Indian journal of veterinary science and animal husbandry - Volume 6,
Year: 1936
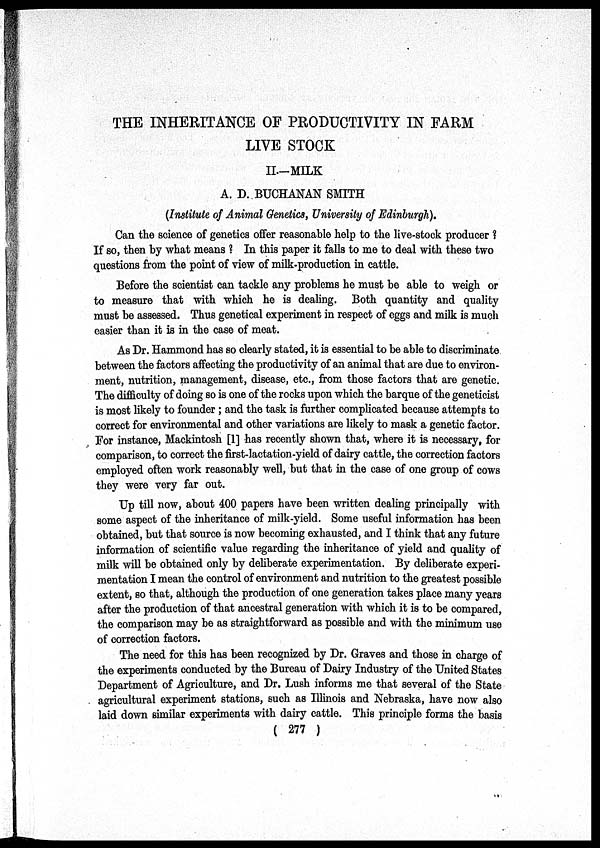
THE INHERITANCE OF PRODUCTIVITY IN FARM
LIVE STOCK
II-MILK
A. D. BUCHANAN SMITH
(Institute of Animal Genetics, University of Edinburgh).
Can the science of genetics offer reasonable help to the live-stock producer ?
If so, then by what means ? In this paper it falls to me to deal with these two
questions from the point of view of milk-production in cattle.
Before the scientist can tackle any problems he must be able to weigh or
to measure that with which he is dealing. Both quantity and quality
must be assessed. Thus genetical experiment in respect of eggs and milk is much
easier than it is in the case of meat.
As Dr. Hammond has so clearly stated, it is essential to be able to discriminate
between the factors affecting the productivity of an animal that are due to environ-
ment, nutrition, management, disease, etc., from those factors that are genetic.
The difficulty of doing so is one of the rocks upon which the barque of the geneticist
is most likely to founder; and the task is further complicated because attempts to
correct for environmental and other variations are likely to mask a genetic factor.
For instance, Mackintosh [1] has recently shown that, where it is necessary, for
comparison, to correct the first-lactation-yield of dairy cattle, the correction factors
employed often work reasonably well, but that in the case of one group of cows
they were very far out.
Up till now, about 400 papers have been written dealing principally with
some aspect of the inheritance of milk-yield. Some useful information has been
obtained, but that source is now becoming exhausted, and I think that any future
information of scientific value regarding the inheritance of yield and quality of
milk will be obtained only by deliberate experimentation. By deliberate experi-
mentation I mean the control of environment and nutrition to the greatest possible
extent, so that, although the production of one generation takes place many years
after the production of that ancestral generation with which it is to be compared,
the comparison may be as straightforward as possible and with the minimum use
of correction factors.
The need for this has been recognized by Dr. Graves and those in charge of
the experiments conducted by the Bureau of Dairy Industry of the United States
Department of Agriculture, and Dr. Lush informs me that several of the State
agricultural experiment stations, such as Illinois and Nebraska, have now also
laid down similar experiments with dairy cattle. This principle forms the basis
( 277 )